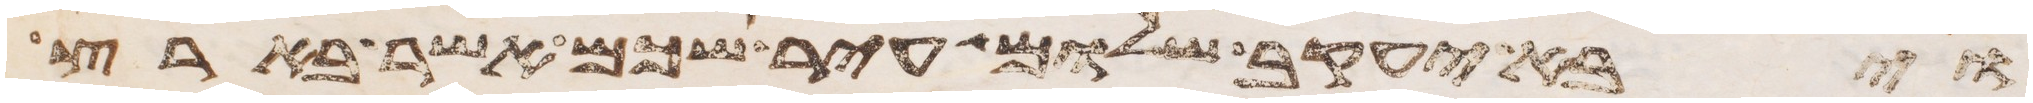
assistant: ויבא יעקב שלום עיר שכם אשר בארץ